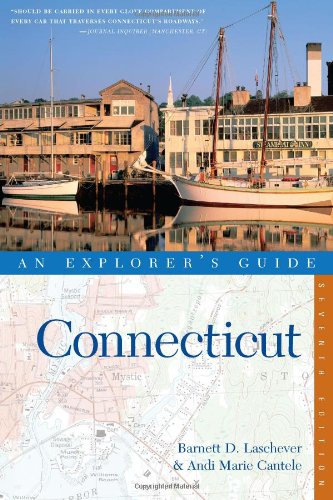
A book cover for Explorer's Guide Connecticut (Seventh Edition)  (Explorer's Complete); Barnett D. Laschever; Travel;